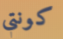
كونتي